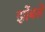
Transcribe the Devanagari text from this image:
झोंबले